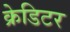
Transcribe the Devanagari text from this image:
क्रेडिटर